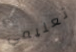
تعليمي